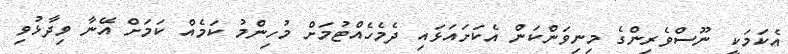
އެކަމަކީ ނޫސްވެރިންގެ މިނިވަންކަން އެކަށައަޅައި ދެމެހެއްޓުމަށް މުހިންމު ކަމެއް ކަމަށް އޭނާ ވިދާޅުވި